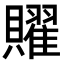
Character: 𧸭